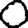
Digit: 0